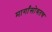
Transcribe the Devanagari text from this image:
मार्गांसोबतच